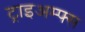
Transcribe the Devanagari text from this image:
ट्राइअम्फ्स